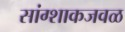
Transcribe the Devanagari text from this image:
सांग्शाकजवळ